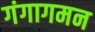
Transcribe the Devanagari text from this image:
गंगागमन